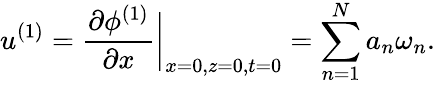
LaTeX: u^{(1)}=\frac{\partial\phi^{(1)}}{\partial x}\bigg|_{x=0,z=0,t=0}=\sum_{n=1}^{N}a_{n}\omega_{n}.